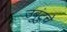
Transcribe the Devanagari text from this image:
उबुंटुचे